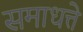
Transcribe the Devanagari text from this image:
समाधत्ते